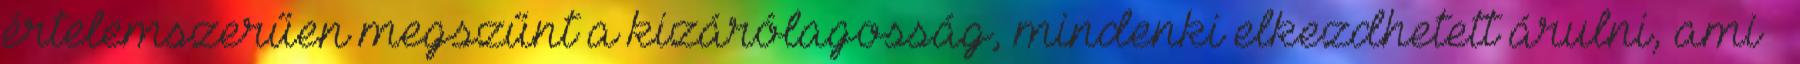
értelemszerűen megszűnt a kizárólagosság, mindenki elkezdhetett árulni, ami –